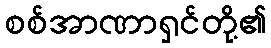
စစ်အာဏာရှင်တို့၏